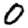
Digit: 0